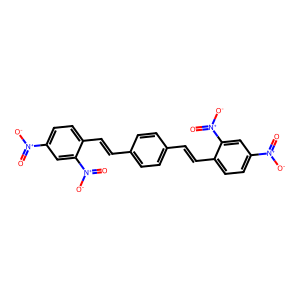
SMILES: O=[N+]([O-])c1ccc(C=Cc2ccc(C=Cc3ccc([N+](=O)[O-])cc3[N+](=O)[O-])cc2)c([N+](=O)[O-])c1
Inhibits HIV replication: No